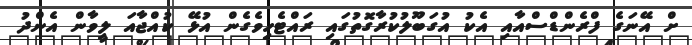
ށް އޭނަގެ ފްރެންޑްސްއާއި އެކު އުގަބޫލުކުރާގޮތުގައި ރައްޓެހިވެގެން އުޅޭ ކުއްޖާއަ ލީވާން އެންދު